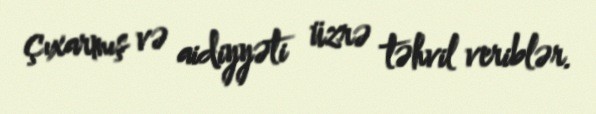
çıxarmış və aidiyyəti üzrə təhvil veriblər.